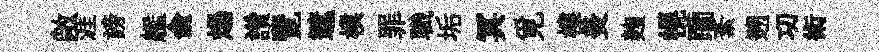
敞涯謗艦俞煬讚覽遮樸罪職垢冥覓樓羙麹幌躪紊遡㓛術